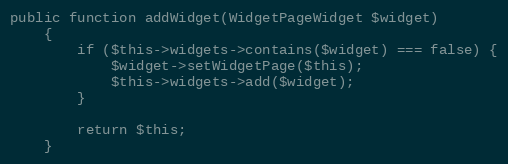
Language: PHP
public function addWidget(WidgetPageWidget $widget)
    {
        if ($this->widgets->contains($widget) === false) {
            $widget->setWidgetPage($this);
            $this->widgets->add($widget);
        }

        return $this;
    }